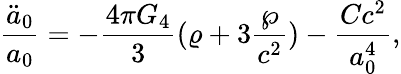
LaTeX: {\frac{\ddot{a}_{0}}{a_{0}}}=-{\frac{4\pi G_{4}}{3}}(\varrho+3{\frac{\wp}{c^{2}}})-{\frac{Cc^{2}}{a_{0}^{4}}},